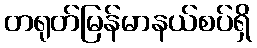
တရုတ်မြန်မာနယ်စပ်ရှိ